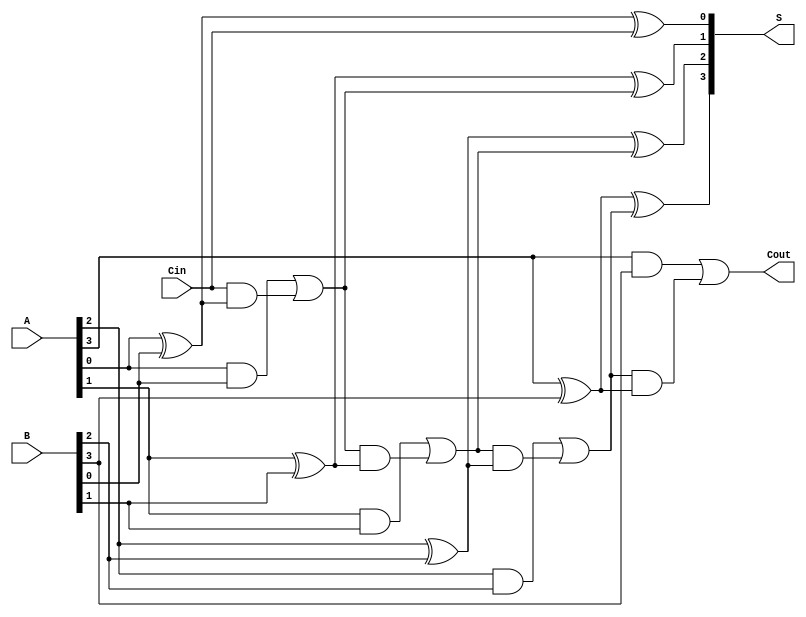
module Parallel_Full_Adder #(parameter N = 4) (
    input  wire [N-1:0] A,      // N-bit input A
    input  wire [N-1:0] B,      // N-bit input B
    input  wire Cin,             // Carry-in for the least significant bit
    output wire [N-1:0] S,       // N-bit sum output
    output wire Cout             // Carry-out from the most significant bit
);

    wire [N:0] carry; // Internal carry bits, one extra for carry-out

    assign carry[0] = Cin; // Initial carry-in for the least significant bit

    genvar i;
    generate
        for (i = 0; i < N; i = i + 1) begin: full_adder
            // Sum calculation
            assign S[i] = A[i] ^ B[i] ^ carry[i];
            
            // Carry calculation
            assign carry[i + 1] = (A[i] & B[i]) | (carry[i] & (A[i] ^ B[i]));
        end
    endgenerate

    // The final carry-out is the last carry
    assign Cout = carry[N];

endmodule